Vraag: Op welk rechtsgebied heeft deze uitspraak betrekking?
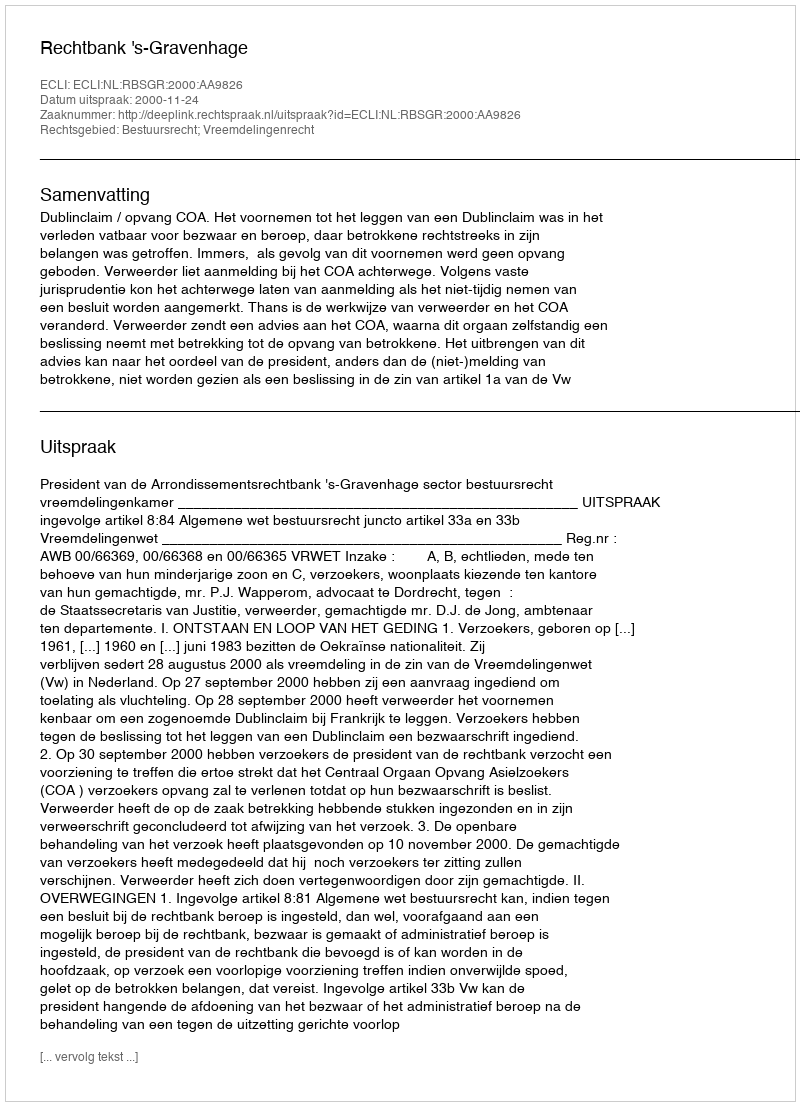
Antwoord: Bestuursrecht; Vreemdelingenrecht